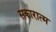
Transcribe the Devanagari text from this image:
सकारात्म